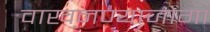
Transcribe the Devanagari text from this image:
वाखनण्याजोगा